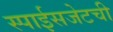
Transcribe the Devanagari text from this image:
स्पाईसजेटची